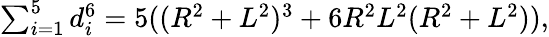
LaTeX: \textstyle\sum_{i=1}^{5}d_{i}^{6}=5((R^{2}+L^{2})^{3}+6R^{2}L^{2}(R^{2}+L^{2})),